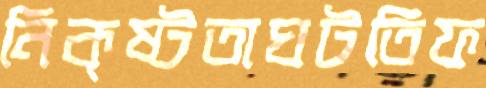
নিকৃষ্টতাঘটতিফ